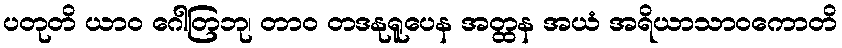
ပတုတိ ယာဝ ဂေါတြဘု၊ တာဝ တဒနုရူပေန အတ္ထန အယံ အရိယာသာဝကောတိ